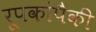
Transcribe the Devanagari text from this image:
रूपकांपैकी